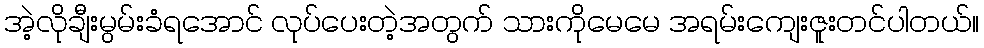
အဲ့လိုချီးမွမ်းခံရအောင် လုပ်ပေးတဲ့အတွက် သားကိုမေမေ အရမ်းကျေးဇူးတင်ပါတယ်။